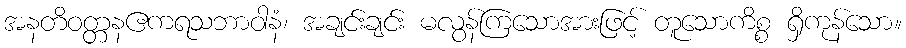
အနတိဝတ္တနဧကရသဘာဝါနံ၊ အချင်းချင်း မလွန်ကြသောအားဖြင့် တူသောကိစ္စ ရှိကုန်သော။